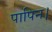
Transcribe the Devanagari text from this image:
पापिन।